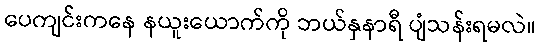
ပေကျင်းကနေ နယူးယောက်ကို ဘယ်နှနာရီ ပျံသန်းရမလဲ။